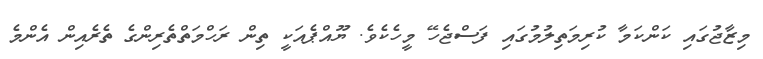
މިޒާޖުގައި ކަންކަމާ ކުރިމަތިލުމުގައި ފަސްޖެހޭ މީހެކެވެ. ޔޫއްޕެއަކީ ތިން ރަހްމަތްތެރިންގެ ތެރެއިން އެންމެ